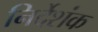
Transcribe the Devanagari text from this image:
निर्देशंक